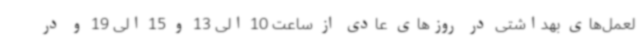
لعمل‌های بهداشتی در روزهای عادی از ساعت 10 الی 13 و 15 الی 19 و در